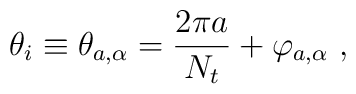
\theta_i \equiv\theta_{a,\alpha} =  {2\pi a\over N_t} +\varphi_{a,\alpha}~,